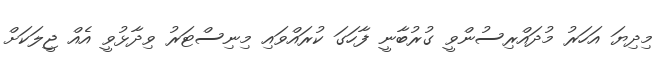
މިދިޔަ އަހަރު މުދައްރިސުންވީ ގުރުބާނީ ފާހަގަ ކުރައްވައި މިނިސްޓަރު ވިދާޅުވީ އެއް ޖީލަކަށް